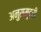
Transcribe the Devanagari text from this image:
अनुसमुद्री